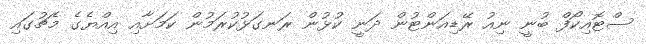
ސްޓޮއިކޯފް ބުނީ ނިއު ރޭޑިއަންޓުން ދަނީ ކުޅުން ރަނގަޅުކުރަމުން ކަމަށާއި އިއްޔެގެ މެޗުގައި